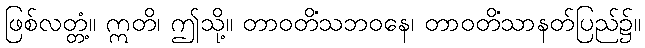
ဖြစ်လတ္တံ့။ ဣတိ၊ ဤသို့။ တာဝတိံသဘဝနေ၊ တာဝတိံသာနတ်ပြည်၌။